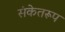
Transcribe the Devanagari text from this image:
संकेतरूप